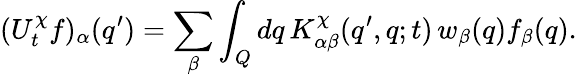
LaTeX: (U_{t}^{\chi}f)_{\alpha}(q^{\prime})=\sum_{\beta}\int_{Q}dq\, K_{\alpha\beta}^{\chi}(q^{\prime},q;t)\, w_{\beta}(q)f_{\beta}(q).